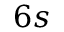
6 s